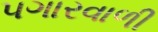
પગારવાળી